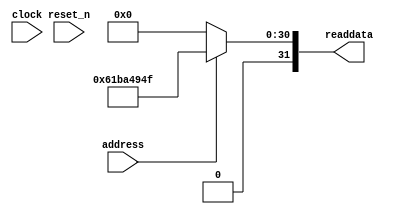
module lab7_soc_sysid_qsys_0 (
               // inputs:
                address,
                clock,
                reset_n,

               // outputs:
                readdata
             )
;

  output  [ 31: 0] readdata;
  input            address;
  input            clock;
  input            reset_n;

  wire    [ 31: 0] readdata;
  //control_slave, which is an e_avalon_slave
  assign readdata = address ? 1639598415 : 0;

endmodule